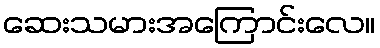
ဆေးသမားအကြောင်းလေ။